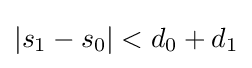
\left|s_{1}-s_{0}\right|<d_{0}+d_{1}